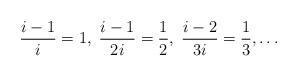
LaTeX: \begin{align*}\frac{i-1}{i}=1,\; \frac{i-1}{2i}=\frac{1}{2},\;\frac{i-2}{3i}=\frac{1}{3},\ldots\end{align*}